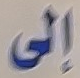
إلى